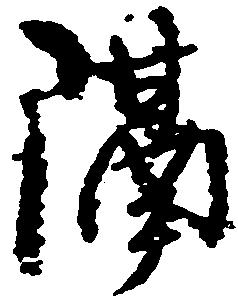
隔